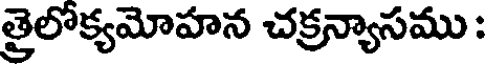
త్రైలోక్యమోహన చక్రన్యాసము :